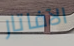
الآفاتار